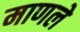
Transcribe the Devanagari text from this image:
माणले